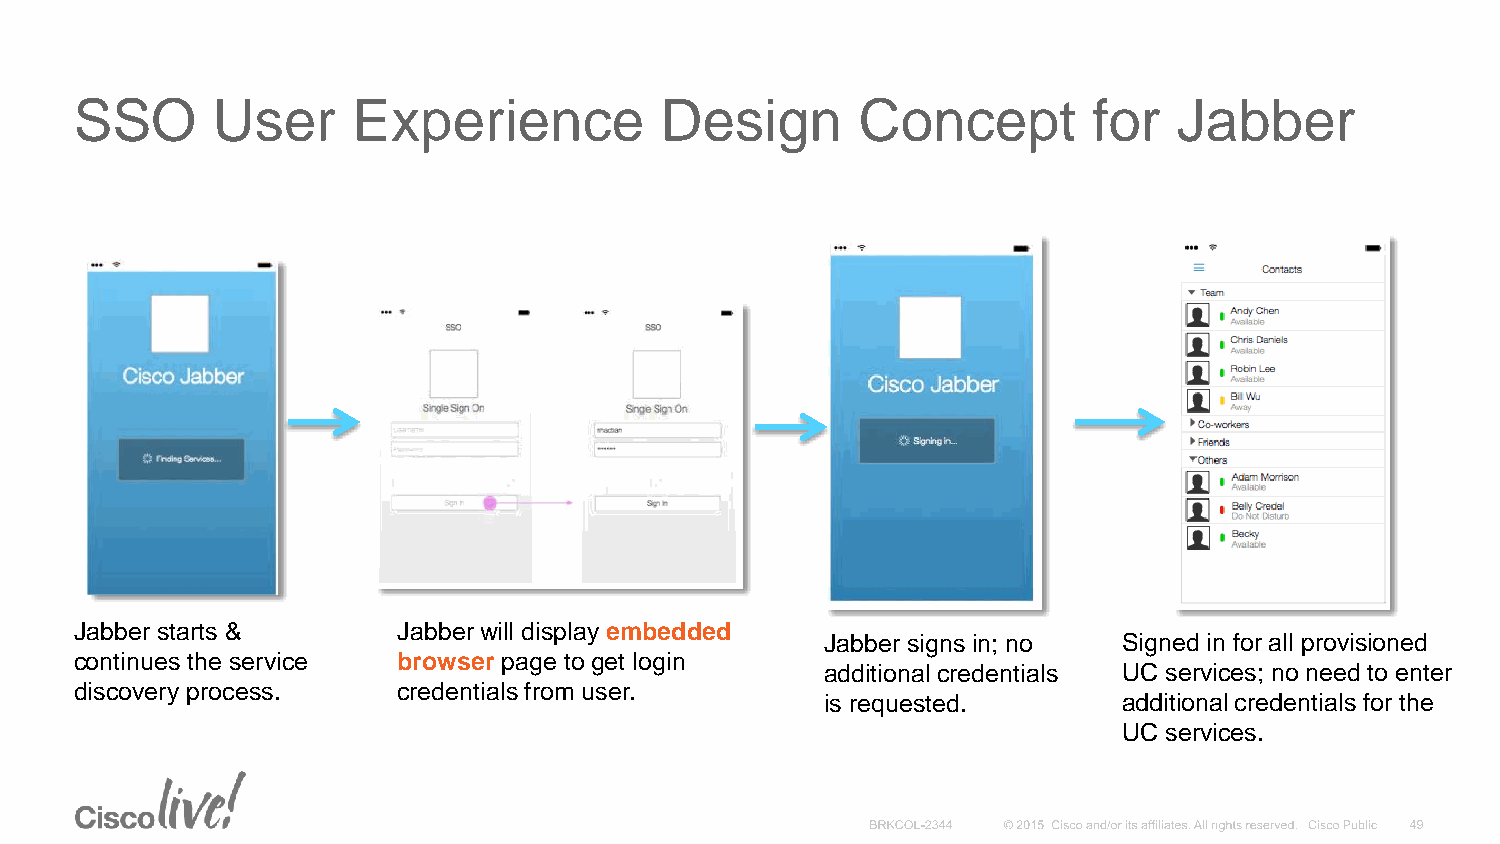
SSO      User     Experience           Design       Concept        for   Jabber
 Jabber starts &      Jabber will display embedded
 Jabber signs in; no Signed in for all provisioned
 continues the service browser page to get login
 additional credentials UC services; no need to enter
 discovery process.   credentials from user.
 is requested.      additional credentials for the
 UC services.